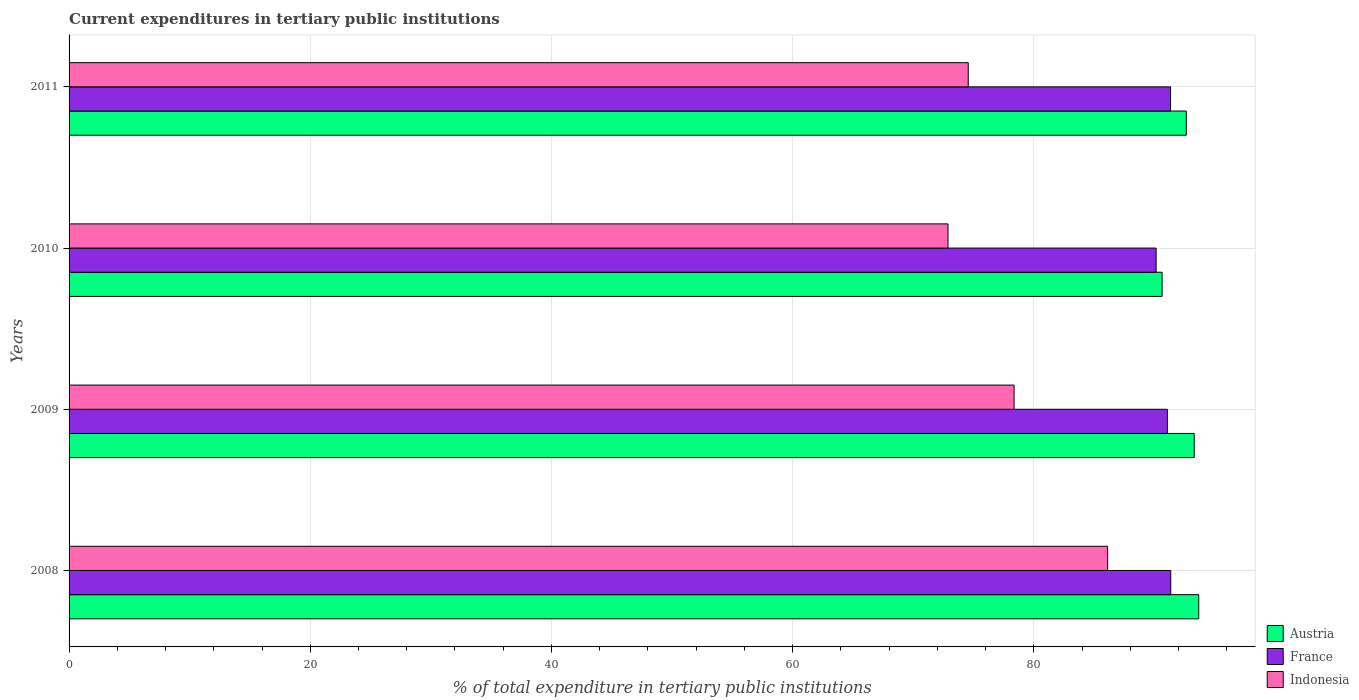
| Years | Austria | France | Indonesia |
 | --- | --- | --- | --- |
 | 2008 | 93.7 | 91.4 | 86.1 |
 | 2009 | 93.3 | 91.1 | 78.4 |
 | 2010 | 90.6 | 90.1 | 72.9 |
 | 2011 | 92.6 | 91.3 | 74.6 |